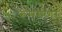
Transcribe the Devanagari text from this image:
रूमसागर